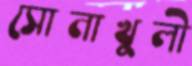
সোনাখুলী